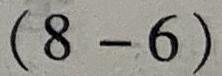
$(8 - 6)(8 - 6)$